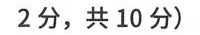
2分,共 10 分)